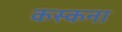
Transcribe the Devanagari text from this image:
कस्कना